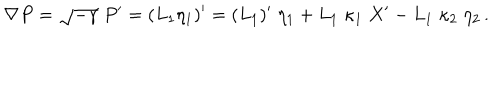
\nabla P = \sqrt { - \gamma } \; P { } ^ { \prime } = ( L _ { 1 } \eta _ { 1 } ) { } ^ { \prime } = ( L _ { 1 } ) ^ { \prime } \; \eta _ { 1 } + L _ { 1 } \; \kappa _ { 1 } \; X ^ { \prime } - L _ { 1 } \; \kappa _ { 2 } \; \eta _ { 2 } \, .